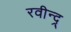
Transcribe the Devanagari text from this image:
रवीन्द्र्